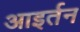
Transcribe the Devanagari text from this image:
आइर्तन